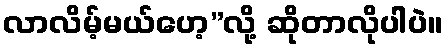
လာလိမ့်မယ်ဟေ့”လို့ ဆိုတာလိုပါပဲ။